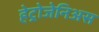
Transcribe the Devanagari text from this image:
हेट्रोजेनिअस